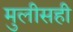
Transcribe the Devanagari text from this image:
मुलीसही